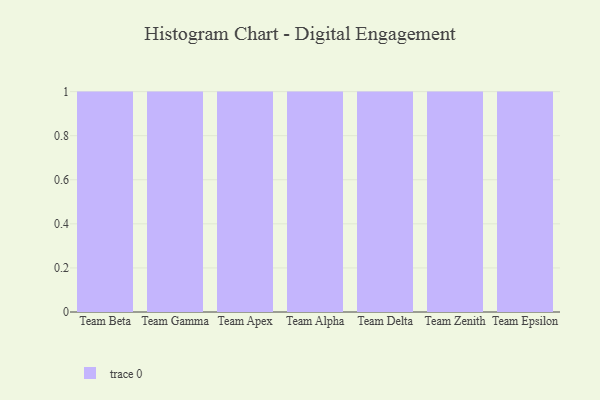
{"axis": {"x": "Team", "y": "Market Share (%)"}, "legend": [""], "data": [{"x": "Team Beta", "y": 90, "type": ""}, {"x": "Team Gamma", "y": 95, "type": ""}, {"x": "Team Apex", "y": 82, "type": ""}, {"x": "Team Alpha", "y": 20, "type": ""}, {"x": "Team Delta", "y": 72, "type": ""}, {"x": "Team Zenith", "y": 42, "type": ""}, {"x": "Team Epsilon", "y": 17, "type": ""}]}